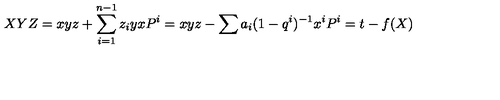
X Y Z = x y z + \sum _ { i = 1 } ^ { n - 1 } z _ { i } y x P ^ { i } = x y z - \sum a _ { i } ( 1 - q ^ { i } ) ^ { - 1 } x ^ { i } P ^ { i } = t - f ( X )